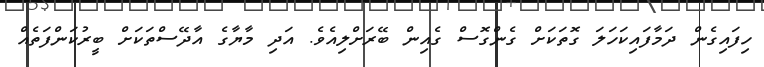
ހިިފައިގެން ދަމާފައިކަހަލަ ގޮތަކަށް ގެންގޮސް ގެއިން ބޭރަށްލިއެވެ. އަދި މާޔާގެ އާދޭސްތަކަށް ބީރުކަންފަތެއް